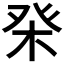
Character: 𤼨